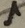
Text: 1